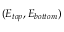
( E _ { t o p } , E _ { b o t t o m } )